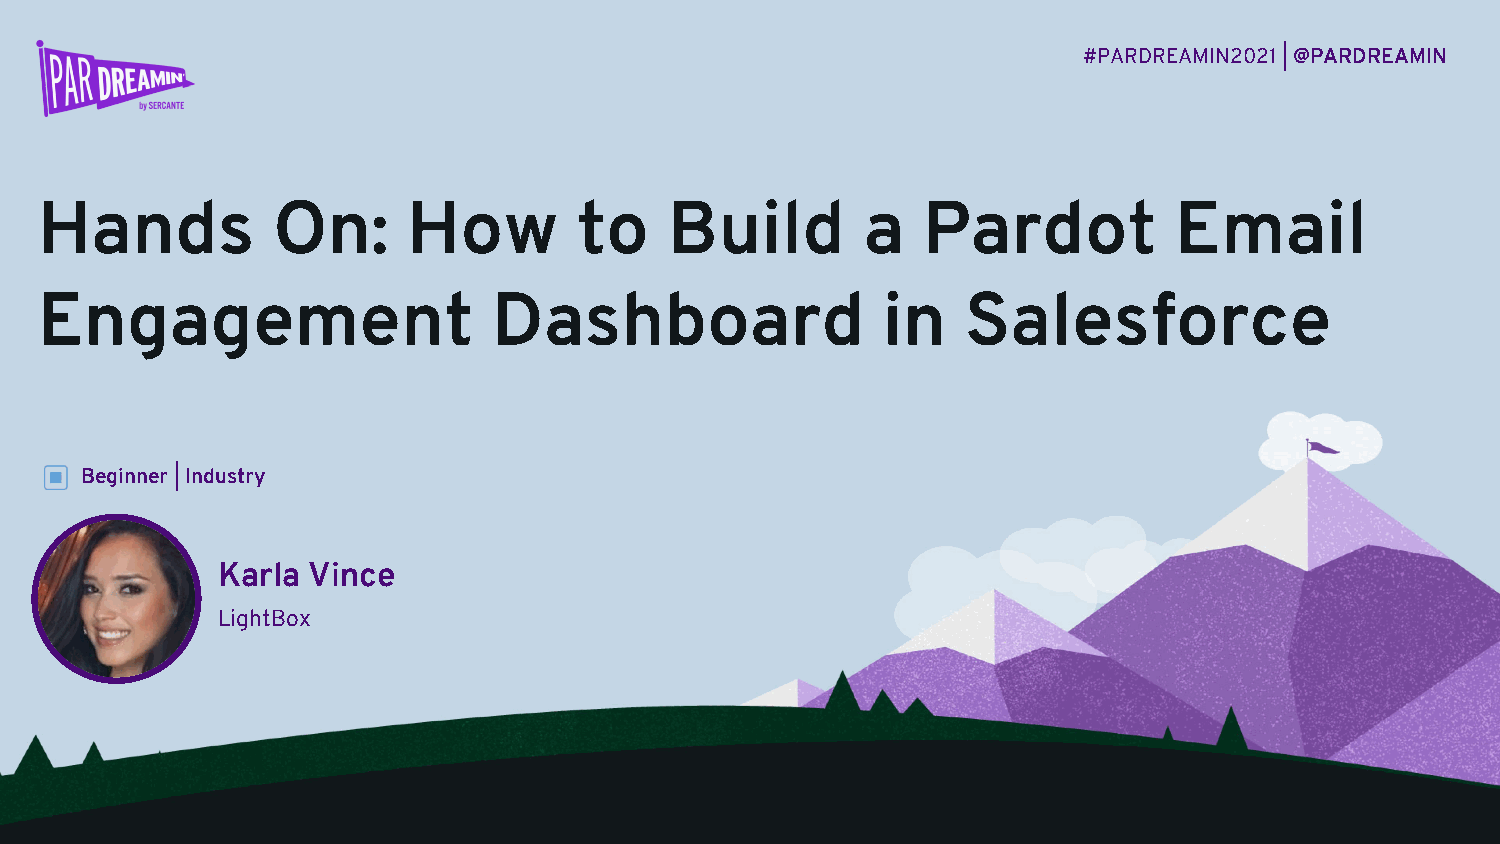
#PARDREAMIN2021 |@PARDREAMIN
 Hands           On:      How        to    Build        a   Pardot           Email
 Engagement                     Dashboard                in    Salesforce
 Beginner | Industry
 Karla Vince
 LightBox